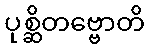
ပုစ္ဆိတဗ္ဗောတိ